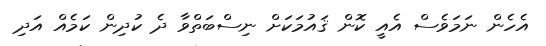
އެހެން ނަމަވެސް އެއީ ކޮން ޤައުމަކަށް ނިސްބަތްވާ ދެ ކުދިން ކަމެއް އަދި